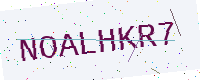
Text: NOALHKR7